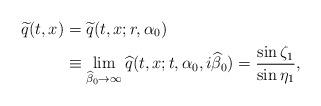
LaTeX: \begin{align*}\widetilde{q}(t, x) &=\widetilde{q}(t,x; r, \alpha_0)\\&\equiv \lim_{\widehat{\beta}_0 \to \infty}\widehat{q}(t, x; t, \alpha_0, i \widehat{\beta}_0)= \frac{\sin \zeta_1}{\sin \eta_1},\end{align*}